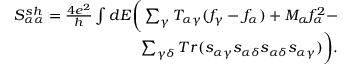
\begin{array} { r } { { S _ { \alpha \alpha } ^ { s h } } = \frac { 4 e ^ { 2 } } { h } \int d E \bigg ( \sum _ { \gamma } T _ { \alpha \gamma } ( f _ { \gamma } - f _ { \alpha } ) + M _ { \alpha } f _ { \alpha } ^ { 2 } - } \\ { \sum _ { \gamma \delta } T r ( s _ { \alpha \gamma } s _ { \alpha \delta } s _ { \alpha \delta } s _ { \alpha \gamma } ) \bigg ) . } \end{array}